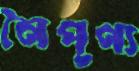
নৈপূণ্য